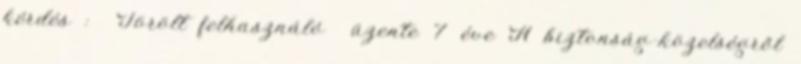
kérdés : Törölt felhasználó üzente 7 éve A biztonság-közelségről